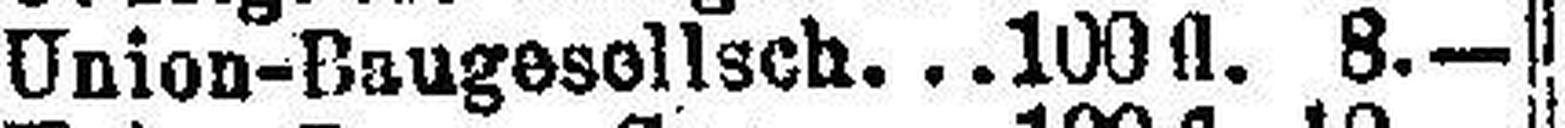
Union-Baugesellsch. 100 fl. 8.—